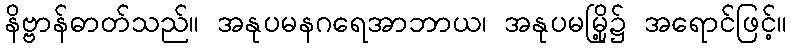
နိဗ္ဗာန်ဓာတ်သည်။ အနုပမနဂရေအာဘာယ၊ အနုပမမြို့၌ အရောင်ဖြင့်။